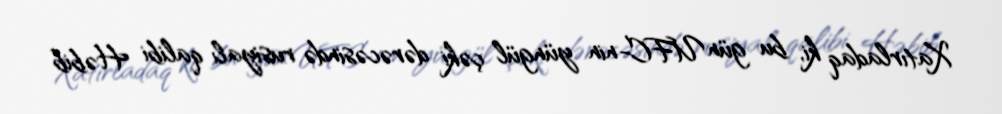
Xatırladaq ki, bu gün UFC-nin yüngül çəki dərəcəsində rusiyalı qalibi Həbib